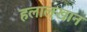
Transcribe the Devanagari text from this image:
हलालखान